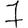
Digit: 7